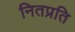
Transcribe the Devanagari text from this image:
नितप्रति